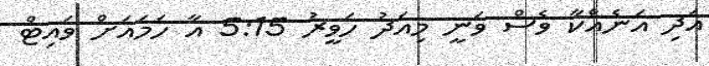
އަދި އަނެއްކާ ވެސް ވަނީ މިއަދު ހަވީރު 5:15 އާ ހަމައަށް ވައިޓް